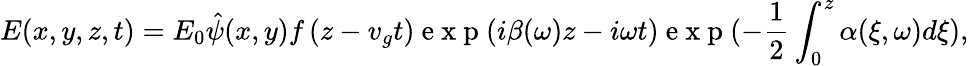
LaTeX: E(x,y,z,t)=E_{0}\hat{\psi}(x,y)f\left({z}-v_{g}t\right)\mathrm{~e~x~p~}(i\beta(\omega)z-i\omega t)\mathrm{~e~x~p~}(-\frac{1}{2}\int_{0}^{z}\alpha({\xi},\omega)d\xi),